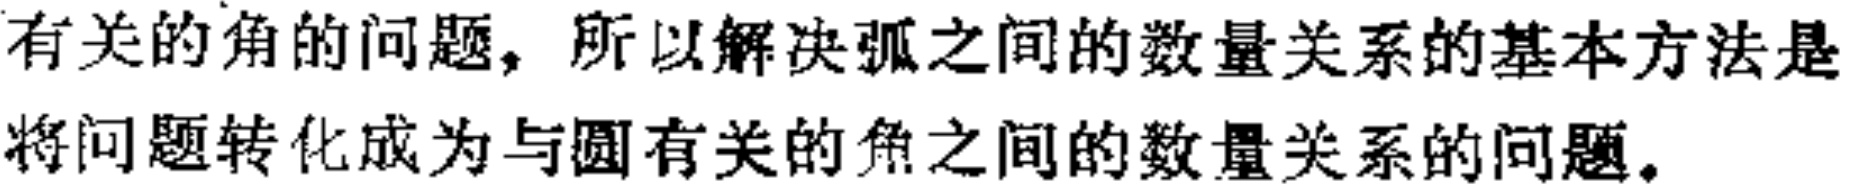
有关的角的问题，所以解决弧之间的数量关系的基本方法是将问题转化成为与圆有关的角之间的数量关系的问题。